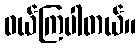
ဝယ်ကြပါတယ်။